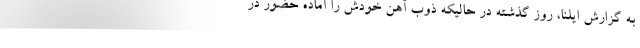
به گزارش ایلنا، روز گذشته در حالیکه ذوب آهن خودش را آماده حضور در